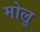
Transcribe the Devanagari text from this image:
मोलू